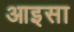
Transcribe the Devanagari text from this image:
आइसा